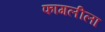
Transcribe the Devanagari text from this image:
फागलीला